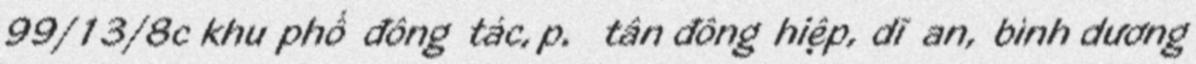
99/13/8c khu phố đông tác, p.  tân đông hiệp, dĩ an, bình dương